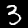
Label: 3